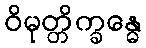
ဝိမုတ္တိက္ခန္ဓေ